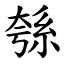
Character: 綔